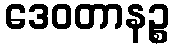
ဒေဝတာနဉ္စ